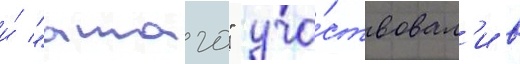
и́ "атаго" уча́ствовал'и в